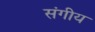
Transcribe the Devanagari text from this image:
संगीय